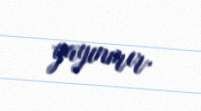
yayınmır.